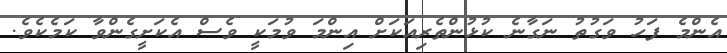
އެންމެ ފަހު ވަގުތު ނަގާނެ ކުޅުންތެރިއަކަށް އިންމަ ވުމަކީ ވެސް އެކަށީގެންވާ ކަމެކެވެ.